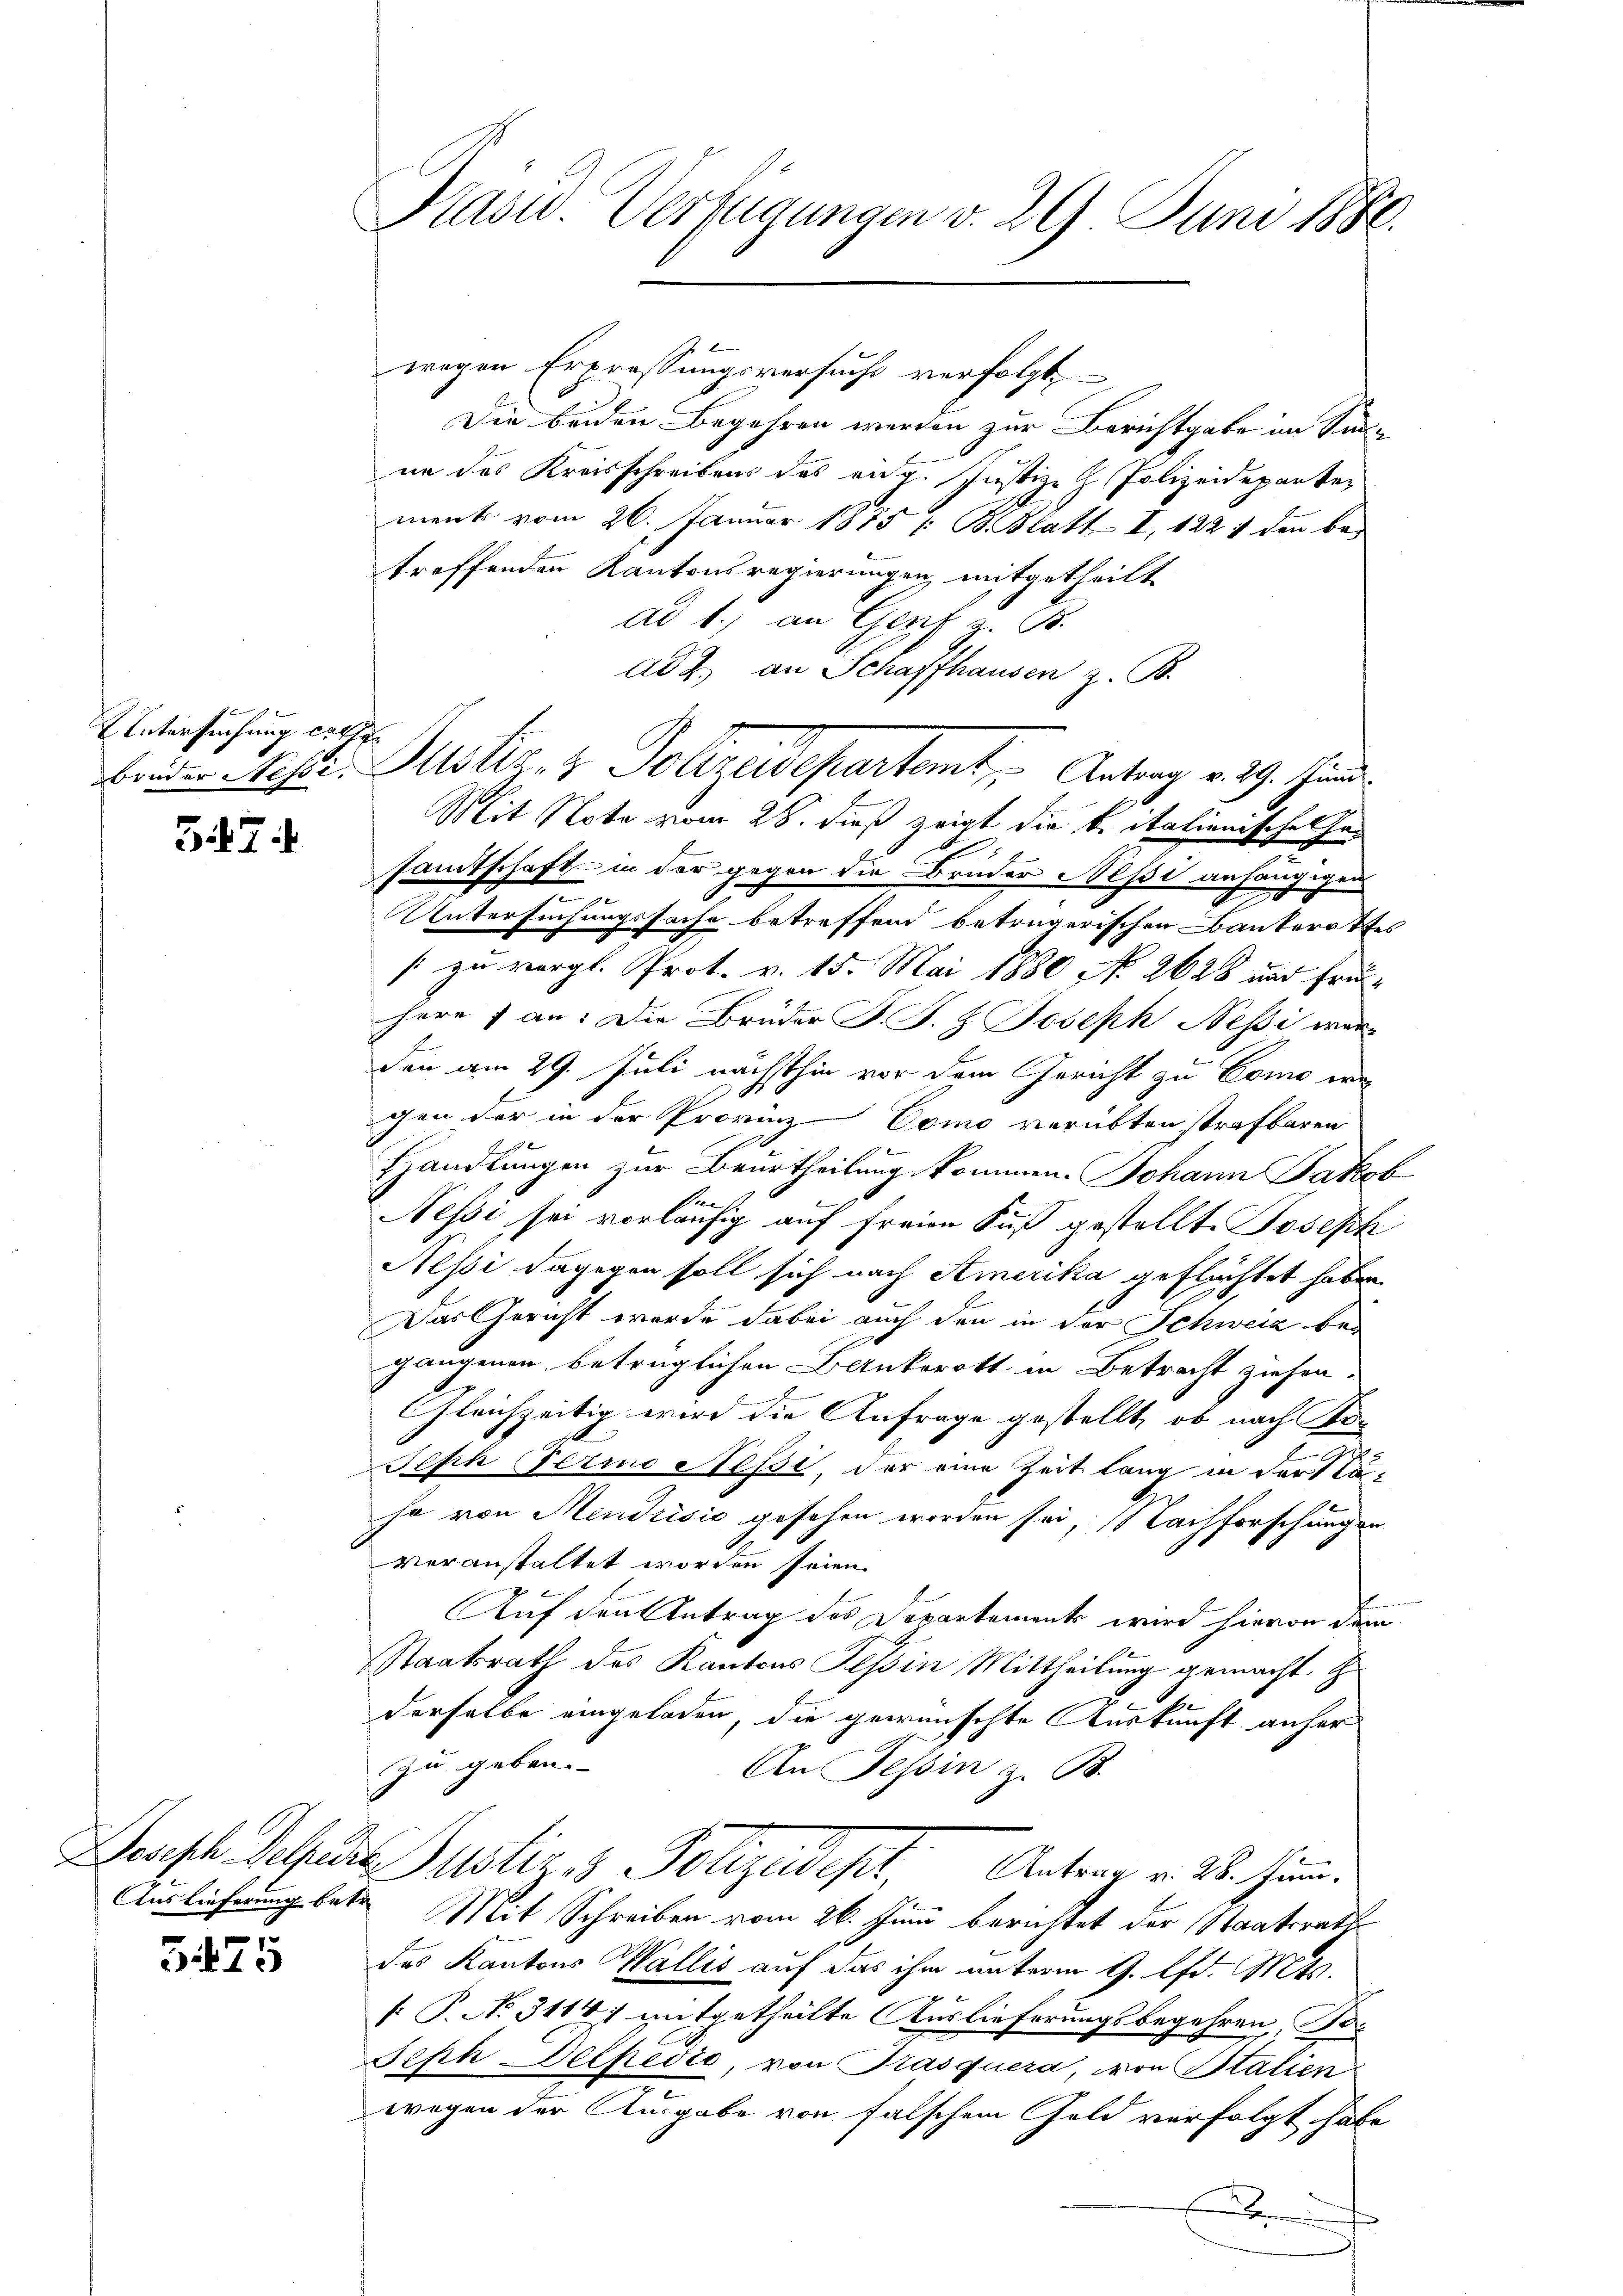
ken
Untersuchung colle

5474

5475

Kasw. Verfügungen v. 29. Juni 1880.

wegen Erpressungsversuchs verfolgt,
Die beiden Begehren werden zur Berichtgabe im Sinne des Kreisschreibens des eidg. Justiz- H. Polizeideparter
menk vom 26. Januar 1875 /: B. Statt- I, 122 1 den bes
troffenden Kantonsregierungen mitgetheilt
ad b.) an Genf z. B.
ad 2. an Schaffhausen z. B.
Mit Note vom 28. dieß zeigt die beitalienische Gesamtschaft in der gegen die Bruder Nessi anhängigen
n
e
Untersuchungsfache betreffend beträgerischen Bauterathes
[zu vergl. Prot. v. 15. Mai 1880 No 2628 und frühere 7 an: Die Brüder J. J. H. Joseph Nessi war
den am 29. Juli nächsthin vor dem Gericht zu Como wa
gen der in der Provinz Como verübten strafbaren
Hhandlungen zur Beurtheilung kommen. Johann Jakob
e
Nessi, sei vorläufig auf freien Fuß gestellt. Joseph
Nessi dagegen soll sich nach Amerika geflüchtet haben.
Das Gericht werde dabei auch den in der Schweiz bei
gangenen betrüglichen Bankerott in Betracht ziehen.
GGleichzeitig wird die Anfrage gestellt, ob nach Po-
Jeph Ferio Hessi der eine Zeit lang in der Stäja von Mendrisić gesehen worden sei, Nachforschungen
veranstaltet worden seien.
Auf den Antrag des Departement wird hievon dem
Staatsrath des Kantons Tessin Mittheilung gemacht zu
derselbe eingeladen, die gewünschte Auskunft anher
zu geben.-
An Tessin z. B.
Saasch Peter Justiz & Polizeidept, Antrag v. 26. Hand.
Auslieferung betr. Mit Schreiben vom 26. Juni berichtet der Staatsrath
des Kantons Wallis auf das ihm unterm 9. lfd. Mts.
[ P. No. 3114) mitgetheilte Auslieferungsbegehren Be-
Seph Pelpedio, von Trasquera, von Statien
wegen der Ausgabe von falschem Geld verfolgt habe
x

Bruder Pepi, Mustiz- & Polizeidepartemt, Antrag v. 29. Juni